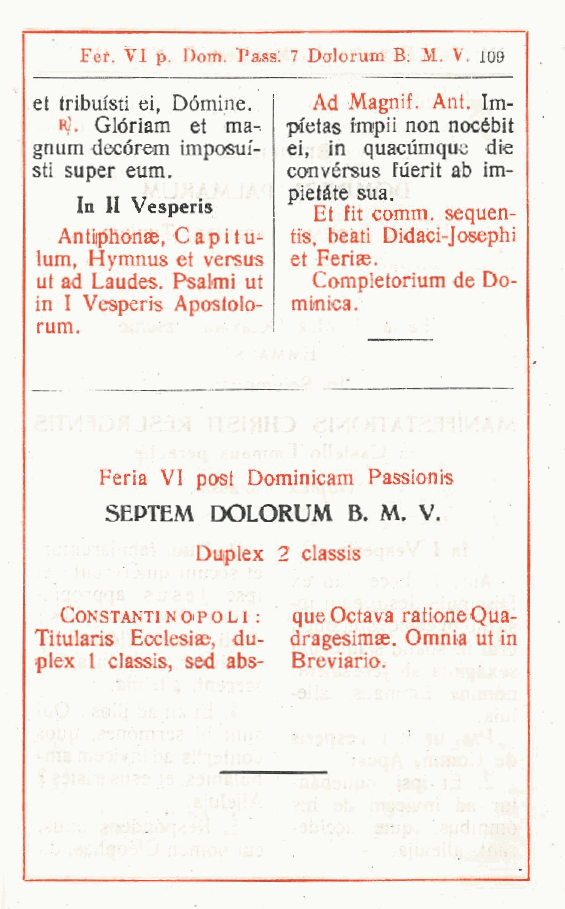
Fef. VI p. Dom. Pass: 7 Dalorum B. M. V. 109
 et tribuisti ei, Domine. Ad Magnif. Ant. Im-
 R' Gióriam et ma- pi'etas Itnpii non nocebit
 .
 gri um decórem imposui- ei, in quacùmque die
 sti super eum.   convérsus fùerit ab im-
 pietàte sua.
 In II Vesperis
 Et fit comm. sequen-
 Antiphonae, Capitu- tis beati Didaci-Josephi
 ,
 lum, Hymnus et versus et Feriae.
 ut ad Laudes. Psalmi ut Compietorium de Do-
 in I Vesperis Apostolo- minica.
 rum.
 Feria VI post Dominicam Passionis
 SEPTEM DOLORUM  B. M. V.
 Duplex 2 classis
 Constantino'Poli : queOctava rationeQua-
 Titularis Ecclesise, du- dragesimae. Omnia ut in
 plex 1 classis, sed abs- Breviario.